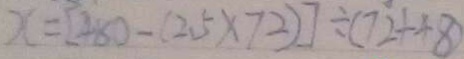
x = [ 3 8 0 - ( 2 . 5 \times 7 2 ) ] \div ( 7 2 + 4 8 )